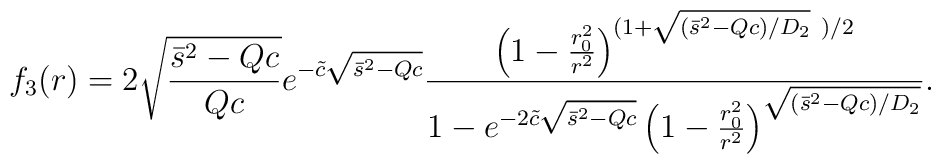
f_3 (r) = 2 \sqrt{\frac{\bar{s}^2 - Qc}{Qc} }      e^{- \tilde{c} \sqrt{\bar{s}^2 - Qc}}\frac{ \left( 1 - \frac{r_0^2}{r^2}       \right)^{(1 + \sqrt{(\bar{s}^2 - Qc)/D_2} \ ) /2} }     {1- e^{-2 \tilde{c} \sqrt{\bar{s}^2 - Qc}}     \left( 1 - \frac{r_0^2}{r^2}       \right)^{\sqrt{(\bar{s}^2 - Qc)/D_2}} } .